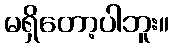
မရှိတော့ပါဘူး။